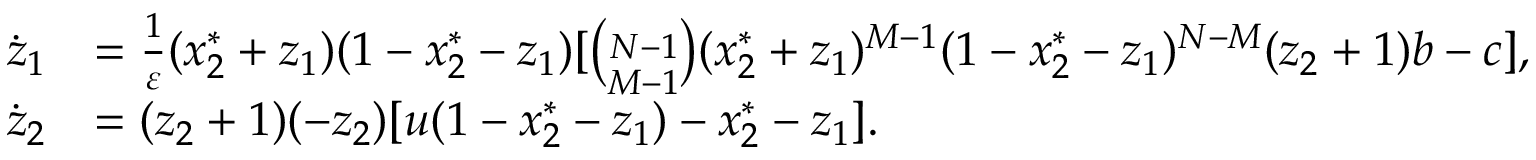
\begin{array} { r l } { \dot { z } _ { 1 } } & { = \frac { 1 } { \varepsilon } ( x _ { 2 } ^ { * } + z _ { 1 } ) ( 1 - x _ { 2 } ^ { * } - z _ { 1 } ) [ \binom { N - 1 } { M - 1 } ( x _ { 2 } ^ { * } + z _ { 1 } ) ^ { M - 1 } ( 1 - x _ { 2 } ^ { * } - z _ { 1 } ) ^ { N - M } ( z _ { 2 } + 1 ) b - c ] , } \\ { \dot { z } _ { 2 } } & { = ( z _ { 2 } + 1 ) ( - z _ { 2 } ) [ u ( 1 - x _ { 2 } ^ { * } - z _ { 1 } ) - x _ { 2 } ^ { * } - z _ { 1 } ] . } \end{array}